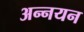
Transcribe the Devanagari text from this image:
अन्नयन